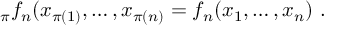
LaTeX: _ \pi f _ { n } ( x _ { \pi ( 1 ) } , \ldots , x _ { \pi ( n ) } = f _ { n } ( x _ { 1 } , \ldots , x _ { n } ) \ .